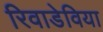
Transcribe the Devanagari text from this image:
रिवाडेविया